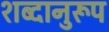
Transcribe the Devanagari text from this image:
शब्दानुरूप